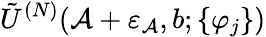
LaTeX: \tilde{U}^{(N)}(\mathcal{A}+\varepsilon_{\mathcal{A}},b;\{ \varphi_{j}\} )